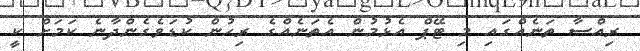
ރިއްސާ ތަނެއްގައި މި ޓޭޕް އެޅުމުން އެތަނެއްގެ ރިހުން ކުޑަވެގެންދާނެ ކަމަށް ކީ